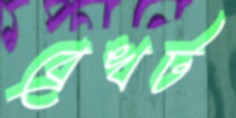
ব্রেখট